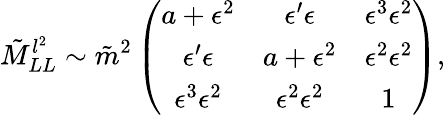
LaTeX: \tilde{M}_{LL}^{l^{2}}\sim\tilde{m}^{2}\left(\begin{array}{ccc}{{a+\epsilon^{2}}}&{{\epsilon^{\prime}\epsilon}}&{{\epsilon^{3}\epsilon^{2}}}\\ {{\epsilon^{\prime}\epsilon}}&{{a+\epsilon^{2}}}&{{\epsilon^{2}\epsilon^{2}}}\\ {{\epsilon^{3}\epsilon^{2}}}&{{\epsilon^{2}\epsilon^{2}}}&{{1}}\end{array}\right),